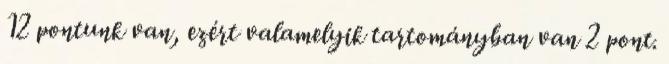
12 pontunk van, ezért valamelyik tartományban van 2 pont.